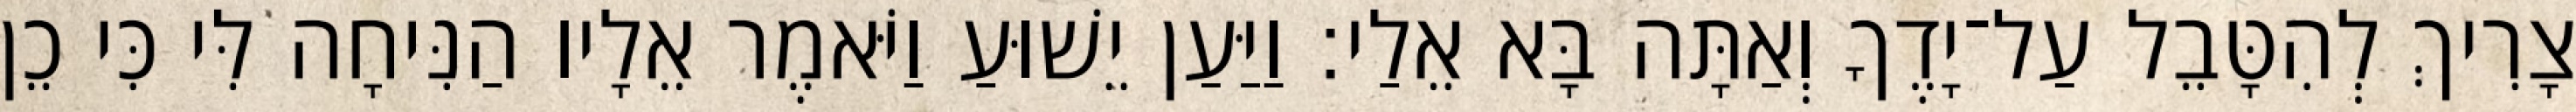
צָרִיךְ לְהִטָּבֵל עַל־יָדֶךָ וְאַתָּה בָּא אֵלַי׃ וַיַּעַן יֵשׁוּעַ וַיֹּאמֶר אֵלָיו הַנִּיחָה לִּי כִּי כֵן